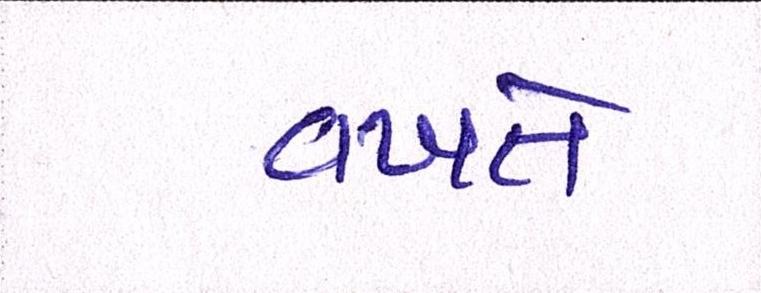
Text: વખતે